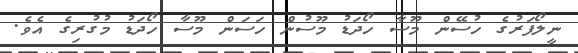
ނީލޯފަރުގެ ހުސޭން މޫސާ ހޯދަޑު މޫސުން ހަސަން މޫސާ ހޯދަޑު މުގުރިގެ އެވެ.